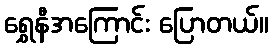
ရွှေနီအကြောင်း ပြောတယ်။